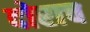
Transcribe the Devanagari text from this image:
दोराच